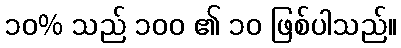
၁၀% သည် ၁၀၀ ၏ ၁၀ ဖြစ်ပါသည်။